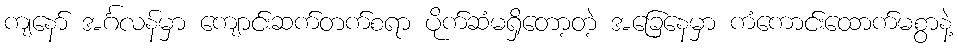
ကျနော် အင်္ဂလန်မှာ ကျောင်းဆက်တက်စရာ ပိုက်ဆံမရှိတော့တဲ့ အခြေနေမှာ ကံကောင်းထောက်မစွာနဲ့